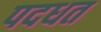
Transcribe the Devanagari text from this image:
पदधत